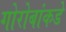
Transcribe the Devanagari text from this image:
गोरोबांकडे